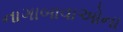
નાગાબાવાઓના